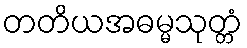
တတိယအဓမ္မသုတ္တံ